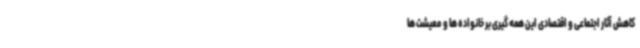
کاهش آثار اجتماعی و اقتصادی این همه گیری بر خانواده ها و معیشت ها